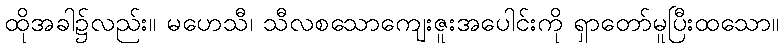
ထိုအခါ၌လည်း။ မဟေသီ၊ သီလစသောကျေးဇူးအပေါင်းကို ရှာတော်မူပြီးထသော။